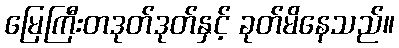
မြေကြီးတဒုတ်ဒုတ်နှင့် ခုတ်မိနေသည်။